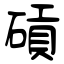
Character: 碽